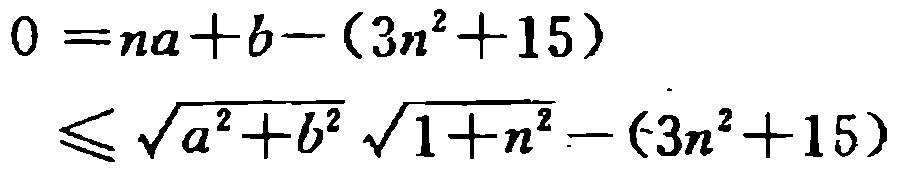
\[

\begin{align*}

0&=na + b-(3n^{2}+15)\\

&\leqslant\sqrt{a^{2}+b^{2}}\sqrt{1 + n^{2}}-(3n^{2}+15)

\end{align*}

\]